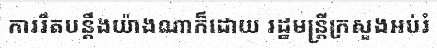
ការរឹតបន្តឹងយ៉ាងណាក៏ដោយ រដ្ឋមន្ត្រីក្រសួងអប់រំ